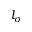
l _ { \sigma }